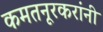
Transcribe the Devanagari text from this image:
कमतनूरकरांनी